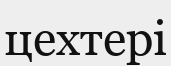
цехтері